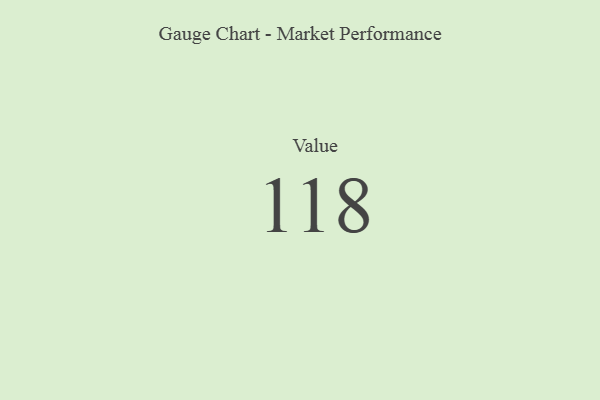
{"axis": {"x": "Metric", "y": "Value"}, "legend": [""], "data": [{"x": "Value", "y": 118, "type": ""}]}